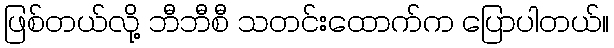
ဖြစ်တယ်လို့ ဘီဘီစီ သတင်းထောက်က ပြောပါတယ်။